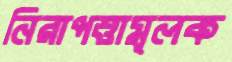
নিরাপত্তামূলক